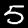
Label: 5